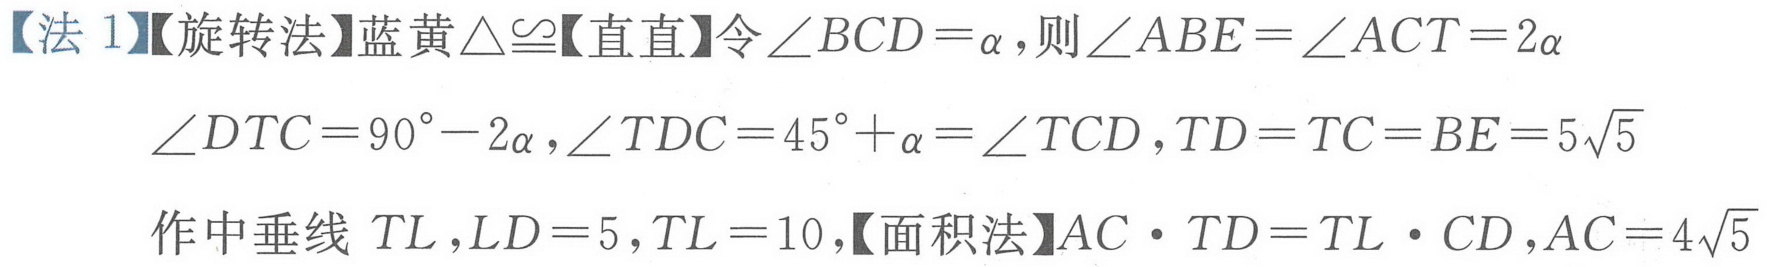
【法 1】【旋转法】蓝黄$\triangle\cong$【直直】令$\angle BCD = \alpha$，则$\angle ABE=\angle ACT = 2\alpha$
$\angle DTC = 90^{\circ}-2\alpha,\angle TDC = 45^{\circ}+\alpha=\angle TCD,TD = TC = BE = 5\sqrt{5}$
作中垂线 $TL,LD = 5,TL = 10$,【面积法】$AC\cdot TD=TL\cdot CD,AC = 4\sqrt{5}$